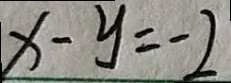
x - y = - 2